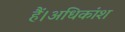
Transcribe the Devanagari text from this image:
हैं।अधिकांश